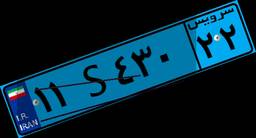
۱۰S۱۰۶۰۷